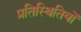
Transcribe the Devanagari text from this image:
प्रतिस्थितियों